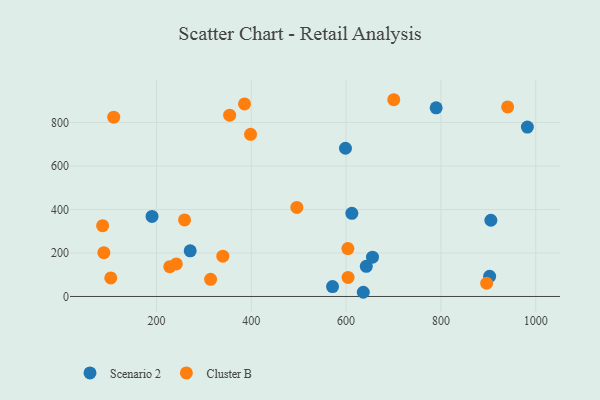
{"axis": {"x": "Experience", "y": "Yield"}, "legend": ["Cluster B", "Scenario 2"], "data": [{"x": "271.2", "y": 210.0, "type": "Scenario 2"}, {"x": "612.2", "y": 382.3, "type": "Scenario 2"}, {"x": "571.4", "y": 45.6, "type": "Scenario 2"}, {"x": "190.7", "y": 368.0, "type": "Scenario 2"}, {"x": "982.4", "y": 779.1, "type": "Scenario 2"}, {"x": "902.8", "y": 92.6, "type": "Scenario 2"}, {"x": "642.6", "y": 138.7, "type": "Scenario 2"}, {"x": "905.4", "y": 350.6, "type": "Scenario 2"}, {"x": "636.3", "y": 19.3, "type": "Scenario 2"}, {"x": "655.7", "y": 180.8, "type": "Scenario 2"}, {"x": "598.7", "y": 681.7, "type": "Scenario 2"}, {"x": "790.0", "y": 867.7, "type": "Scenario 2"}, {"x": "604.2", "y": 87.7, "type": "Cluster B"}, {"x": "896.5", "y": 60.9, "type": "Cluster B"}, {"x": "340.0", "y": 185.4, "type": "Cluster B"}, {"x": "398.5", "y": 745.9, "type": "Cluster B"}, {"x": "496.1", "y": 409.7, "type": "Cluster B"}, {"x": "109.9", "y": 824.4, "type": "Cluster B"}, {"x": "259.3", "y": 352.2, "type": "Cluster B"}, {"x": "314.2", "y": 78.9, "type": "Cluster B"}, {"x": "228.1", "y": 137.1, "type": "Cluster B"}, {"x": "103.7", "y": 85.3, "type": "Cluster B"}, {"x": "603.8", "y": 220.4, "type": "Cluster B"}, {"x": "385.8", "y": 885.7, "type": "Cluster B"}, {"x": "86.5", "y": 325.6, "type": "Cluster B"}, {"x": "89.1", "y": 201.4, "type": "Cluster B"}, {"x": "354.4", "y": 833.9, "type": "Cluster B"}, {"x": "241.9", "y": 149.6, "type": "Cluster B"}, {"x": "940.8", "y": 871.8, "type": "Cluster B"}, {"x": "700.6", "y": 904.8, "type": "Cluster B"}]}